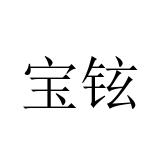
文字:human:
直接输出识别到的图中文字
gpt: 宝铉